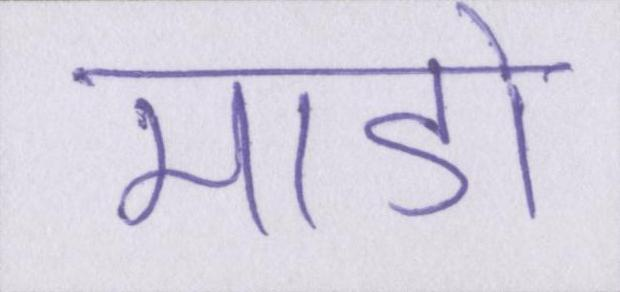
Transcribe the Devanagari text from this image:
माडो